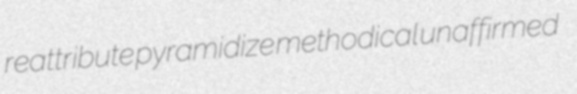
reattribute pyramidize methodical unaffirmed